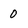
Character: 0